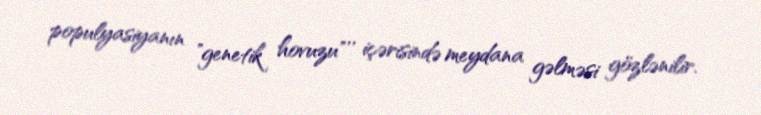
populyasiyanın "genetik hovuzu"'' içərisində meydana gəlməsi gözlənilir.